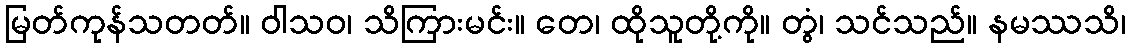
မြတ်ကုန်သတတ်။ ဝါသဝ၊ သိကြားမင်း။ တေ၊ ထိုသူတို့ကို။ တွံ၊ သင်သည်။ နမဿသိ၊